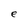
Character: e